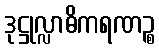
ဒုဋ္ဌုလ္လာဓိကရဏဉ္စ